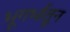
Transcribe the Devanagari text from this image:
भूगर्भातून